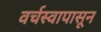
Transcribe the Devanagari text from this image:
वर्चस्वापासून